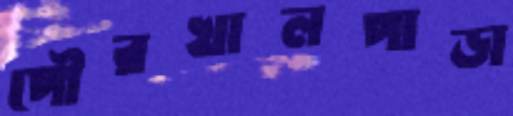
পৌরখালপাড়া